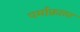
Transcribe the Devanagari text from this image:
पर्माफ्रास्ट